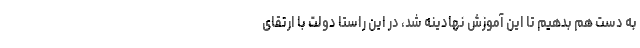
به دست هم بدهیم تا این آموزش نهادینه شد، در این راستا دولت با ارتقای